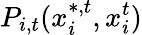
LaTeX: P_{i,t}(x_{i}^{*,t},x_{i}^{t})